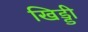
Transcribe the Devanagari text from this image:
खिड्डी